Vaccination in Bombay 1902-1912 - 1902-1912
Year: 1902
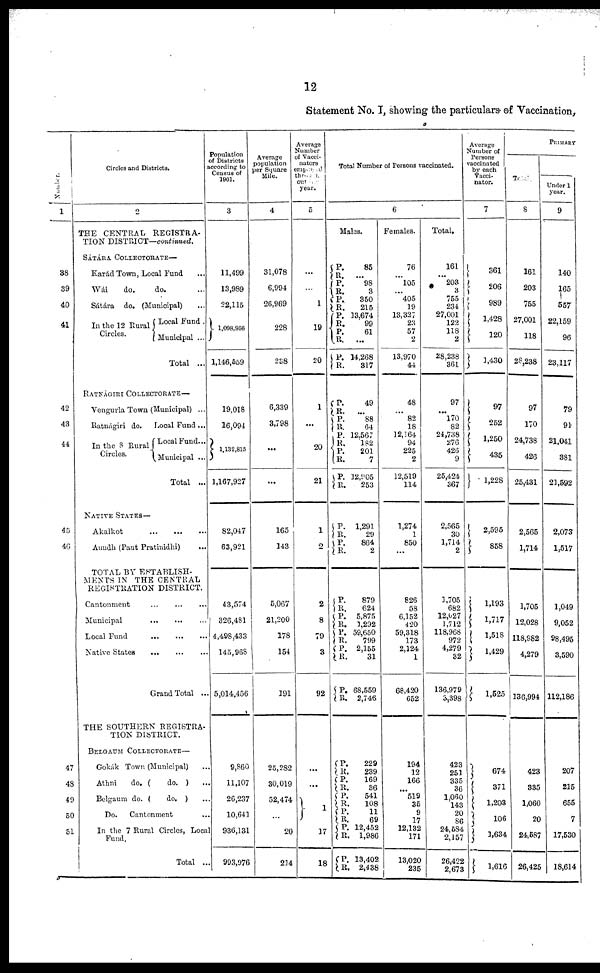
12
Statement No. I, showing the particulars of Vaccination,
Number.
1
38
39
40
41
42
43
44
45
46
47
48
49
50
51
Circles and Districts.
2
THE CENTRAL REGISTRA-
TION DISTRICT—continued.
SÁTÁRA COLLECTORATE—
Karád Town, Local Fund ...
Wái
do.
do. ...
Sátára do. (Municipal) ...
In the 12 Rural
Circles.
Local Fund.
Municipal ...
Total ...
RATNÁGIRI COLLECTORATE —
Vengurla Town (Municipal) ...
Ratnágiri do. Local Fund ...
In the 8 Rural
Circles.
Local Fund...
Municipal ...
Total ...
NATIVE STATES—
Akalkot
...
...
...
Aundh (Pant Pratinidhi)
...
TOTAL BY ESTABLISH-
MENTS IN THE CENTRAL
REGISTRATION DISTRICT.
Cantonment
...
...
...
Municipal
...
...
...
Local Fund
...
...
...
Native States
...
...
...
Grand Total ...
THE SOUTHERN REGISTRA-
TION DISTRICT.
BELGAUM COLLECTORATE—
Gokák Town (Municipal) ...
Athni
do. (
do. ) ...
Belgaum do. (
do. ) ...
Do.
Cantonment ...
In the 7 Rural Circles, Local
Fund.
Total ...
Population
of Districts
according to
Census of
1901.
3
11,499
13,989
22,115
1,098,956
1,146,559
19,018
16,094
1,132,815
1,167,927
82,047
63,921
43,574
326,481
4,498,433
145,968
5,014,456
9,860
11,107
26,237
10,641
936,131
993,976
Average
population
per Square
Mile.
4
31,078
6,994
26,969
228
238
6,339
3,798
...
...
165
143
5,067
21,200
178
154
191
25,282
30,019
52,474
...
20
214
Average
Number
of Vacci¬
nators
employed
through¬
out the
year.
5
...
...
1
19
20
1
...
20
21
1
2
2
8
79
3
92
...
...
1
17
18
Total Number of Persons vaccinated.
6
Males.
P.
R.
P.
R.
P.
R.
P.
R.
P.
R.
P.
R.
85
...
98
3
350
215
13,674
99
61
...
14,268
317
P.
R.
P.
R.
P.
R.
P.
R.
P.
R.
49
...
88
64
12,567
182
201
7
32,905
253
P.
R.
P. R.
1,291
29
864
2
P.
R.
P.
R. P.
R.
P.
R.
P.
R.
879
624
5,875
1,292
59,650
799
2,155
31
68,559
2,746
P.
R.
P.
R. P. R.
P.
R.
P. R.
P.
R.
229
239
169
36
541
108
11
69
12,452
1,986
13,402
2,438
Females.
76
...
105
...
405
19
13,327
23
57
2
13,970
44
48
...
82
18
12,164
94
225
2
12,519
114
1,274
1
850
...
826
58
6,152
420
59,318
173
2,124
1
68,420
652
194
12
166
...
519
35
9
17
12,132
171
13,020
235
Total.
161
...
203
3
755
234
27,001
122
118
2
28,238
361
97
...
170
82
24,738
276
426
9
25,424
367
2,565
30
1,714
2
3,705
682
12,027
1,712
118,968
972
4,279
32
136,979
3,398
423
251
335
36
1,060
143
20
86
24,584
2,157
26,422
2,673
Average
Number of
Persons
vaccinated
by each
Vacci¬
nator.
7
361
206
989
1,428
120
1,430
97
252
1,250
435
1,228
2,595
858
1,193
1,717
1,518
1,429
1,525
674
371
1,203
106
1,634
1,616
PRIMARY
Total.
8
161
203
755
27,001
118
28,238
97
170
24,738
426
25,431
2,565
1,714
1,705
12,028
118,982
4,279
136,994
423
335
1,060
20
24,587
26,425
Under 1
year.
9
140
165
557
22,159
96
23,117
79
91
21,041
381
21,592
2,073
1,517
1,049
9,052
98,495
3,590
112,186
207
215
655
7
17,530
18,614